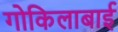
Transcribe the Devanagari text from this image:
गोकिलाबाई